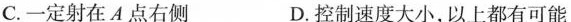
C.一定射在A点右侧 D.控制速度大小，以上都有可能